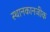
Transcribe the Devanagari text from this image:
स्थानकानजीक